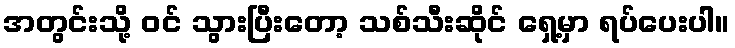
အတွင်းသို့ ဝင် သွားပြီးတော့ သစ်သီးဆိုင် ရှေ့မှာ ရပ်ပေးပါ။